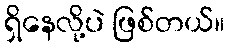
ရှိနေလို့ပဲ ဖြစ်တယ်။